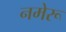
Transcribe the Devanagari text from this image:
नमेरू